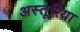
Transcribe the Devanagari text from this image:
अस्तूरिया